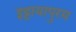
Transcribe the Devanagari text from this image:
इट्टायापुरम